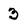
Character: 3